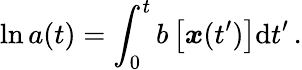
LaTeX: \ln a(t)=\int_{0}^{t}b\left[\boldsymbol{x}(t^{\prime})\right]{\mathrm{d}}t^{\prime}\, .